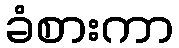
ခံစားကာ